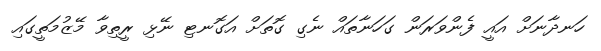
ހަނދާނަށް އައީ ފެންވަރަން ގަހަނާތައް ނެގި ގޮތަށް އަގޮނޓި ނޭޅި ރީތިވާ މޭޒުމަތީގައި